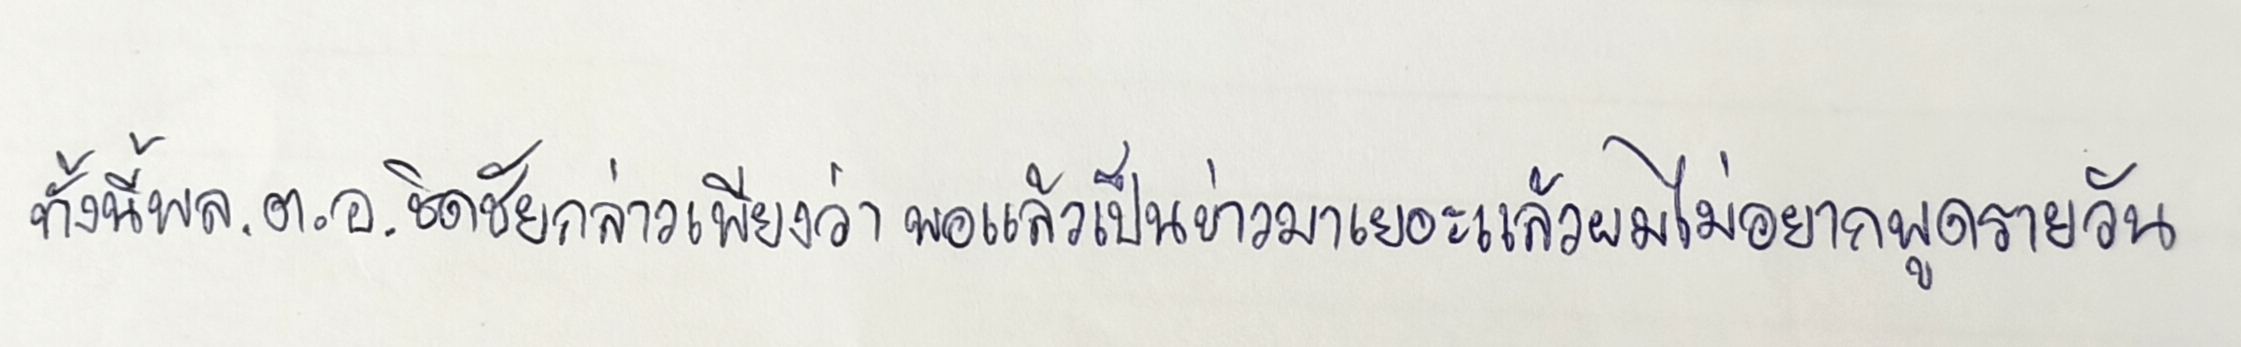
ทั้งนี้พล.ต.อ.ชิดชัยกล่าวเพียงว่าพอแล้วเป็นข่าวมาเยอะแล้วผมไม่อยากพูดรายวัน